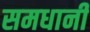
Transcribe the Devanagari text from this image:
समधानी